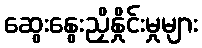
ဆွေးနွေးညှိနှိုင်းမှုများ